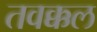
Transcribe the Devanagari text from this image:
तवक्कल